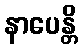
နာပေန္တိ